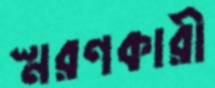
স্মরণকারী